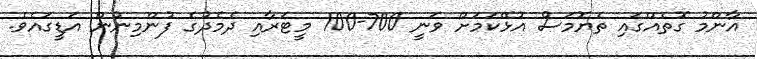
އާންމު ގޮތެއްގައި ތެޔޮމަސް އުޅޭކަމަށް ވަނީ 700-100 މީޓަރާއި ދެމެދުގެ ފުންމިނުން އަޑީގައެވެ.